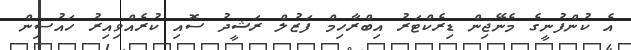
އެ ކުންފުނީގެ މެނޭޖިން ޑިރެކްޓަރު އިބްރާހިމް ފަޒުލް ރަޝީދު ސޮއި ކުރެއްވިއިރު ހައުސިން